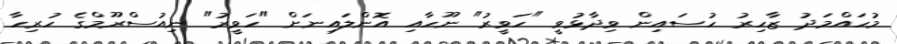
މުހައްމަދު ޒާހިރު ހުސައިން ވިދާޅުވީ "ހަވީރު" ނޫހާއި އޮންލައިނަށް "ހަވީރު" ނިއުސްރޫމްގެ ހުރިހާ